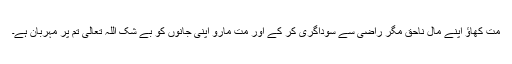
مت کھاؤ اپنے مال ناحق مگر راضی سے سوداگری کر کے اور مت مارو اپنی جانوں کو بے شک اللہ تعالیٰ تم پر مہربان ہے۔